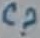
Text: C?